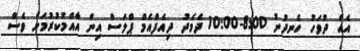
އެއް ދުވަހު ހެނދުނު 8:00-10:00 ދެމެދު ދިއެފްއެމް ޕްލަސް އިން އާއްމުކުރުމަށް ވެސް